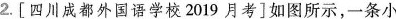
2.[四川成都外国语学校2019月考]如图所示，一条小